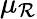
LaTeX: \mu_{\mathcal{R}}